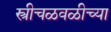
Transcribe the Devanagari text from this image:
स्त्रीचळवळीच्या